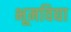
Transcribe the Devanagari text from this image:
भूमविद्या